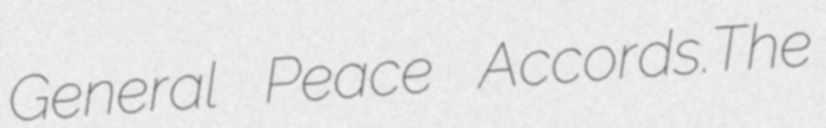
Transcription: General Peace Accords.The